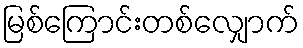
မြစ်ကြောင်းတစ်လျှောက်